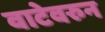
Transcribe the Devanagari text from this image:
वाटेवरुन